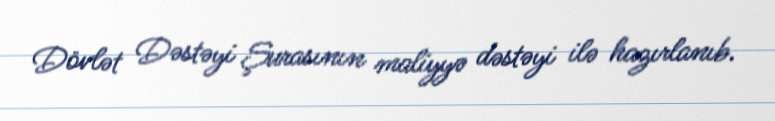
Dövlət Dəstəyi Şurasının maliyyə dəstəyi ilə hazırlanıb.